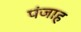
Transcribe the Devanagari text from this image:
पंजाह